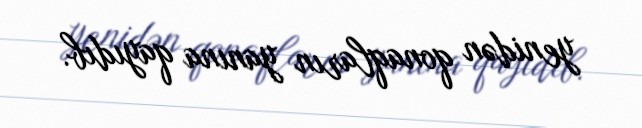
yenidən qonaqların yanına qayıdıb.